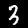
Digit: 3